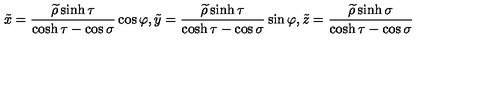
\tilde { x } = \frac { \widetilde { \rho } \sinh \tau } { \cosh \tau - \cos \sigma } \cos \varphi , \tilde { y } = \frac { \widetilde { \rho } \sinh \tau } { \cosh \tau - \cos \sigma } \sin \varphi , \tilde { z } = \frac { \widetilde { \rho } \sinh \sigma } { \cosh \tau - \cos \sigma }